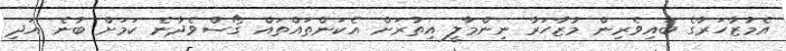
އެމުޒާހަރާގެ ބައިވެރިން މުޒާހަރާ ނިންމާލީ އިތުރަށް އެކަންތައްތައް ގޯސްވެދާނެ ކަމަށް ބުނެ އަދި